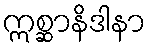
ဣစ္ဆာနိဒါနာ